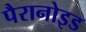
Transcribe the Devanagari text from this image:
पैरानोइड